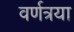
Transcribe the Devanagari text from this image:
वर्णत्रया